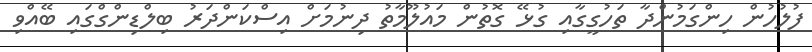
ފުލުހުން ހިންގަމުންދާ ތަހުގީގާއި ގުޅޭ ގޮތުން މައުލޫމާތު ދިނުމަށް އިސްކަންދަރު ބިލްޑިންގްގައި ބޭއްވި